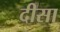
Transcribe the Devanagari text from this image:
दीसा